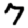
Digit: 7